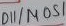
Text: D11/MOSI